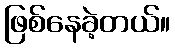
ဖြစ်နေခဲ့တယ်။